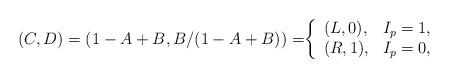
LaTeX: \begin{align*}(C,D) = (1-A+B, B/(1-A+B)) = \biggr\{ \begin{array}{ll} (L,0), & I_p=1,\\ (R,1), & I_p=0,\end{array}\end{align*}